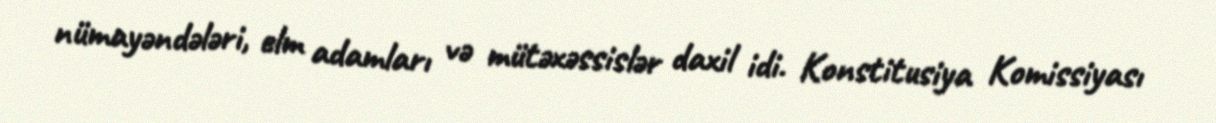
nümayəndələri, elm adamları və mütəxəssislər daxil idi. Konstitusiya Komissiyası